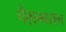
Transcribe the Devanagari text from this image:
पैग़म्बरान